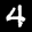
Label: 4